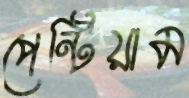
পেন্টিয়াম